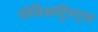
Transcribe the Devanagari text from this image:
पोडिआट्रिस्ट्स